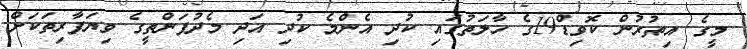
މީގެ އިތުރުން ކޮވިޑް19ގެ ހާލަތުގައި ކުދި އެންމެ ކުދި އަދި މެދުފަންތީގެ ވިޔަފާރިތަކަށް